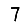
Digit: 7